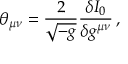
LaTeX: \theta _ { \mu \nu } = \frac { 2 } { \sqrt { - g } } \frac { \delta I _ { 0 } } { \delta g ^ { \mu \nu } } \, ,